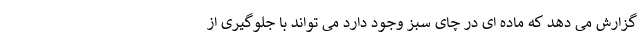
گزارش می دهد که ماده ای در چای سبز وجود دارد می تواند با جلوگیری از